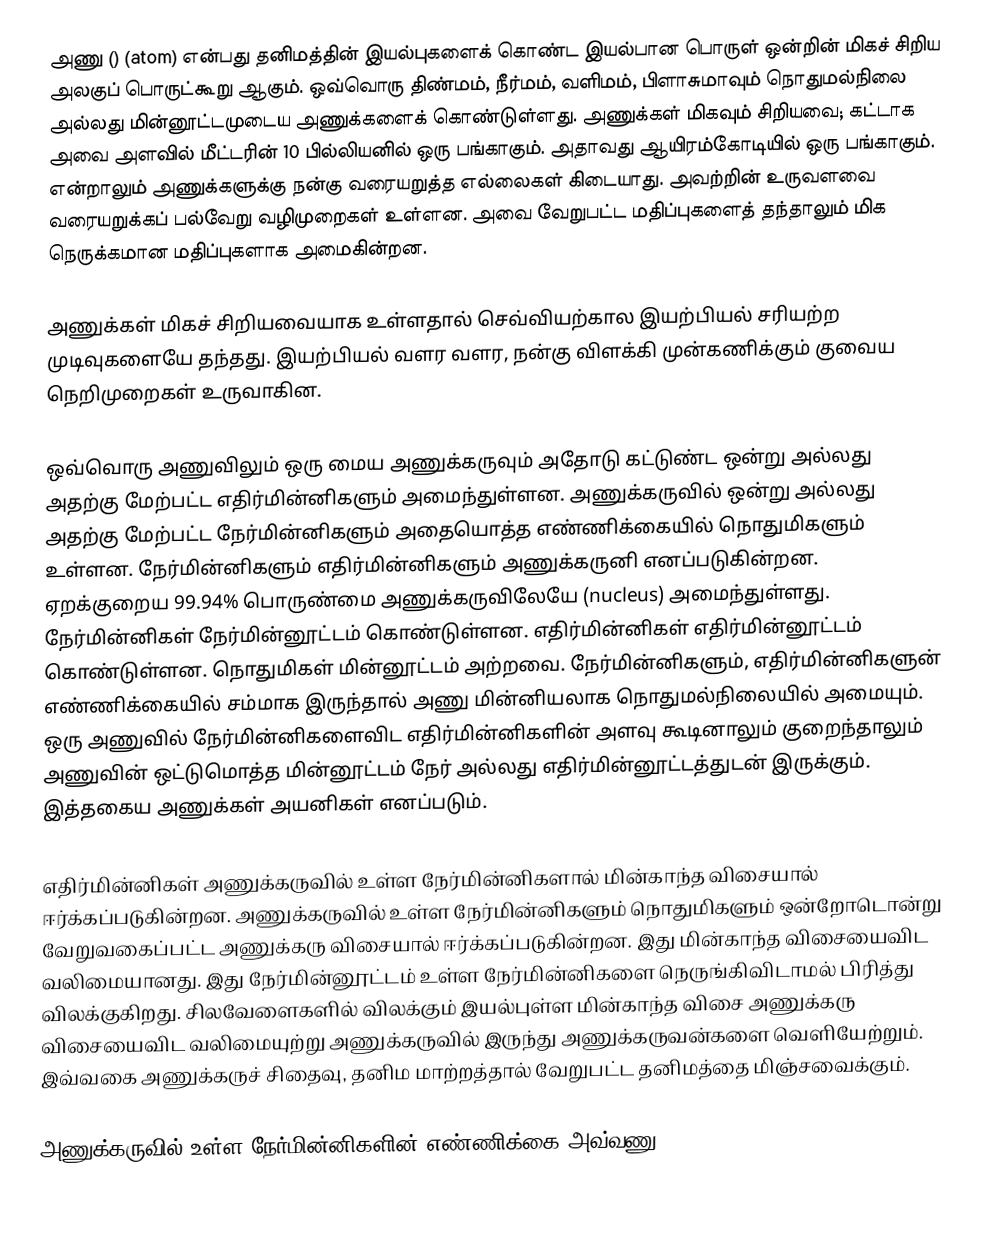
அணு () (atom) என்பது தனிமத்தின் இயல்புகளைக் கொண்ட இயல்பான பொருள் ஒன்றின் மிகச் சிறிய அலகுப் பொருட்கூறு ஆகும். ஒவ்வொரு திண்மம், நீர்மம், வளிமம், பிளாசுமாவும் நொதுமல்நிலை அல்லது மின்னூட்டமுடைய அணுக்களைக் கொண்டுள்ளது. அணுக்கள் மிகவும் சிறியவை; கட்டாக அவை அளவில் மீட்டரின் 10 பில்லியனில் ஒரு பங்காகும். அதாவது ஆயிரம்கோடியில் ஒரு பங்காகும். என்றாலும் அணுக்களுக்கு நன்கு வரையறுத்த எல்லைகள் கிடையாது. அவற்றின் உருவளவை வரையறுக்கப் பல்வேறு வழிமுறைகள் உள்ளன. அவை வேறுபட்ட மதிப்புகளைத் தந்தாலும் மிக நெருக்கமான மதிப்புகளாக அமைகின்றன.

அணுக்கள் மிகச் சிறியவையாக உள்ளதால் செவ்வியற்கால இயற்பியல் சரியற்ற முடிவுகளையே தந்தது. இயற்பியல் வளர வளர, நன்கு விளக்கி  முன்கணிக்கும் குவைய நெறிமுறைகள் உருவாகின.

ஒவ்வொரு அணுவிலும் ஒரு மைய அணுக்கருவும் அதோடு கட்டுண்ட ஒன்று அல்லது அதற்கு மேற்பட்ட எதிர்மின்னிகளும் அமைந்துள்ளன. அணுக்கருவில் ஒன்று அல்லது அதற்கு மேற்பட்ட நேர்மின்னிகளும் அதையொத்த எண்ணிக்கையில் நொதுமிகளும் உள்ளன. நேர்மின்னிகளும் எதிர்மின்னிகளும் அணுக்கருனி எனப்படுகின்றன. ஏறக்குறைய 99.94% பொருண்மை அணுக்கருவிலேயே (nucleus) அமைந்துள்ளது. நேர்மின்னிகள் நேர்மின்னூட்டம் கொண்டுள்ளன. எதிர்மின்னிகள் எதிர்மின்னூட்டம் கொண்டுள்ளன. நொதுமிகள் மின்னூட்டம் அற்றவை. நேர்மின்னிகளும், எதிர்மின்னிகளுன் எண்ணிக்கையில் சம்மாக இருந்தால் அணு மின்னியலாக நொதுமல்நிலையில் அமையும். ஒரு அணுவில் நேர்மின்னிகளைவிட எதிர்மின்னிகளின் அளவு கூடினாலும் குறைந்தாலும் அணுவின் ஒட்டுமொத்த மின்னூட்டம் நேர் அல்லது எதிர்மின்னூட்டத்துடன் இருக்கும். இத்தகைய அணுக்கள் அயனிகள் எனப்படும்.

எதிர்மின்னிகள் அணுக்கருவில் உள்ள நேர்மின்னிகளால் மின்காந்த விசையால் ஈர்க்கப்படுகின்றன. அணுக்கருவில் உள்ள நேர்மின்னிகளும் நொதுமிகளும் ஒன்றோடொன்று வேறுவகைப்பட்ட அணுக்கரு விசையால் ஈர்க்கப்படுகின்றன. இது மின்காந்த விசையைவிட வலிமையானது. இது நேர்மின்னூட்டம் உள்ள நேர்மின்னிகளை நெருங்கிவிடாமல் பிரித்து விலக்குகிறது. சிலவேளைகளில் விலக்கும் இயல்புள்ள மின்காந்த விசை அணுக்கரு விசையைவிட வலிமையுற்று அணுக்கருவில் இருந்து அணுக்கருவன்களை வெளியேற்றும். இவ்வகை அணுக்கருச் சிதைவு, தனிம மாற்றத்தால் வேறுபட்ட தனிமத்தை மிஞ்சவைக்கும்.

அணுக்கருவில் உள்ள நேர்மின்னிகளின் எண்ணிக்கை அவ்வணு